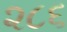
૨૮૬